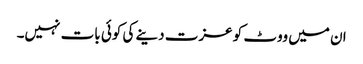
ان میں ووٹ کو عزت دینے کی کوئی بات نہیں۔